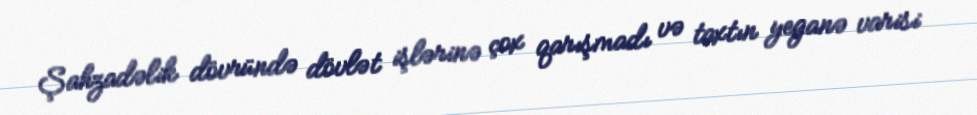
Şahzadəlik dövründə dövlət işlərinə çox qarışmadı və taxtın yeganə varisi